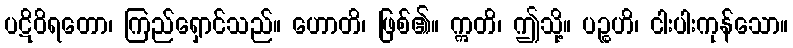
ပဋိဝိရတော၊ ကြည်ရှောင်သည်။ ဟောတိ၊ ဖြစ်၏။ ဣတိ၊ ဤသို့။ ပဉ္စဟိ၊ ငါးပါးကုန်သော။